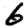
Digit: 6